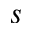
s